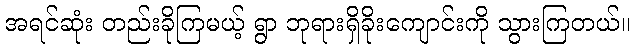
အရင်ဆုံး တည်းခိုကြမယ့် ရွာ ဘုရားရှိခိုးကျောင်းကို သွားကြတယ်။